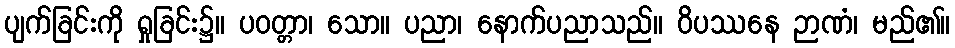
ပျက်ခြင်းကို ရှုခြင်း၌။ ပဝတ္တာ၊ သော။ ပညာ၊ နောက်ပညာသည်။ ဝိပဿနေ ဉာဏံ၊ မည်၏။